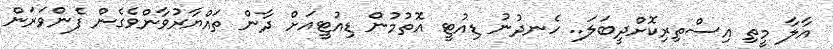
އާލާ މީތި އިސްތިރިކޮށްދީބަލަ.. ހެނދުނު ޑިއުޓީ އޮތުމުން ޑިއުޓީއަށް ދާން ތައްޔާރުވާންވެގެން ފެންވަރަން